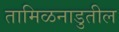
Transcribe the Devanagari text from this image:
तामिळनाडुतील